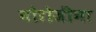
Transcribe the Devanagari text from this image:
नौरोजींना